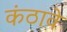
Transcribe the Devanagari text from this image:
कंठावे